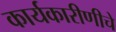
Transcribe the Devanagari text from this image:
कार्यकारीणीचे